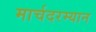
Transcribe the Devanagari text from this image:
मार्चदरम्यान